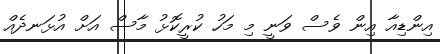
އިންޑިއާ އިން ވެސް ވަނީ މި މަހު ކުރީކޮޅު މާސް އަށް އުޅަނދެއް